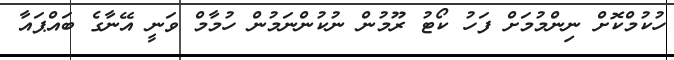
ހުކުމްކޮށް ނިންމުމަށް ފަހު ކޯޓު ރޫމުން ނުކުންނަމުން ހުމާމް ވަނީ އޭނާގެ ބައްޕައާ